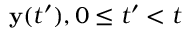
{ \mathbf { y } } ( t ^ { \prime } ) , 0 \leq t ^ { \prime } < t